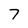
Character: 7